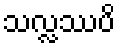
သလ္လဿပိ